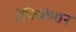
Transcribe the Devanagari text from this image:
रेप्लिकेशन